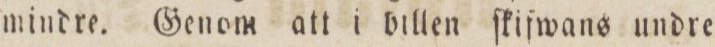
mindre. Genom att i billen ſkifwans undre